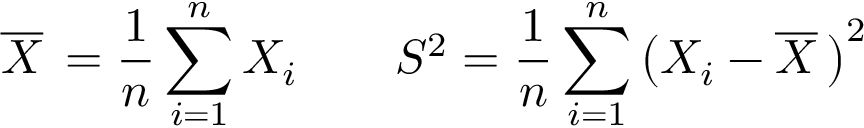
{ \overline { { X } } } \, = { \frac { 1 } { n } } \sum _ { i = 1 } ^ { n } X _ { i } \qquad S ^ { 2 } = { \frac { 1 } { n } } \sum _ { i = 1 } ^ { n } { \big ( } X _ { i } - { \overline { { X } } } \, { \big ) } ^ { 2 } \qquad